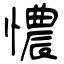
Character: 憹